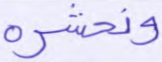
ونحشره